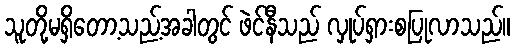
သူတို့မရှိတော့သည့်အခါတွင် ဖဲင်နီသည် လှုပ်ရှားစပြုလာသည်။